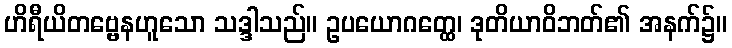
ဟိရီယိတဗ္ဗေနဟူသော သဒ္ဒါသည်။ ဥပယောဂတ္ထေ၊ ဒုတိယာဝိဘတ်၏ အနက်၌။